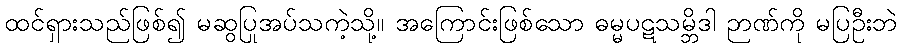
ထင်ရှားသည်ဖြစ်၍ မဆွပြုအပ်သကဲ့သို့။ အကြောင်းဖြစ်သော ဓမ္မပဋသမ္ဘိဒါ ဉာဏ်ကို မပြဦးဘဲ